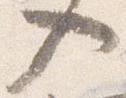
入